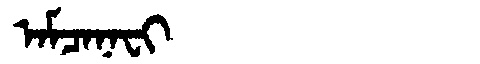
Manchu: ᠠᠮᠴᠠᠨᠠᠸᡳ
Romanization: AMCANAFI